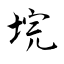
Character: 垸